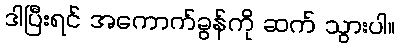
ဒါပြီးရင် အကောက်ခွန်ကို ဆက် သွားပါ။